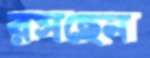
রসছেন